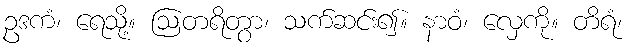
ဥဒကံ၊ ရေသို့။ ဩတရိတွာ၊ သက်ဆင်း၍။ နာဝံ၊ လှေကို။ တိရံ၊